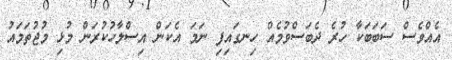
އެއްވެސް ސަބަބަކާ ހުރެ ދެބަސްވުމެއް ހިނގައިފި ނަމަ އެކަން އިސްލާހުކުރަން މުޅި މުޖުތަމައު